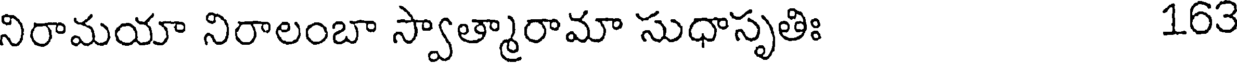
నిరామయా నిరాలంబా స్వాత్మారామా సుధాసృతిః 163